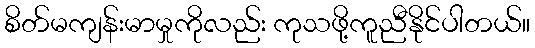
စိတ်မကျန်းမာမှုကိုလည်း ကုသဖို့ကူညီနိုင်ပါတယ်။